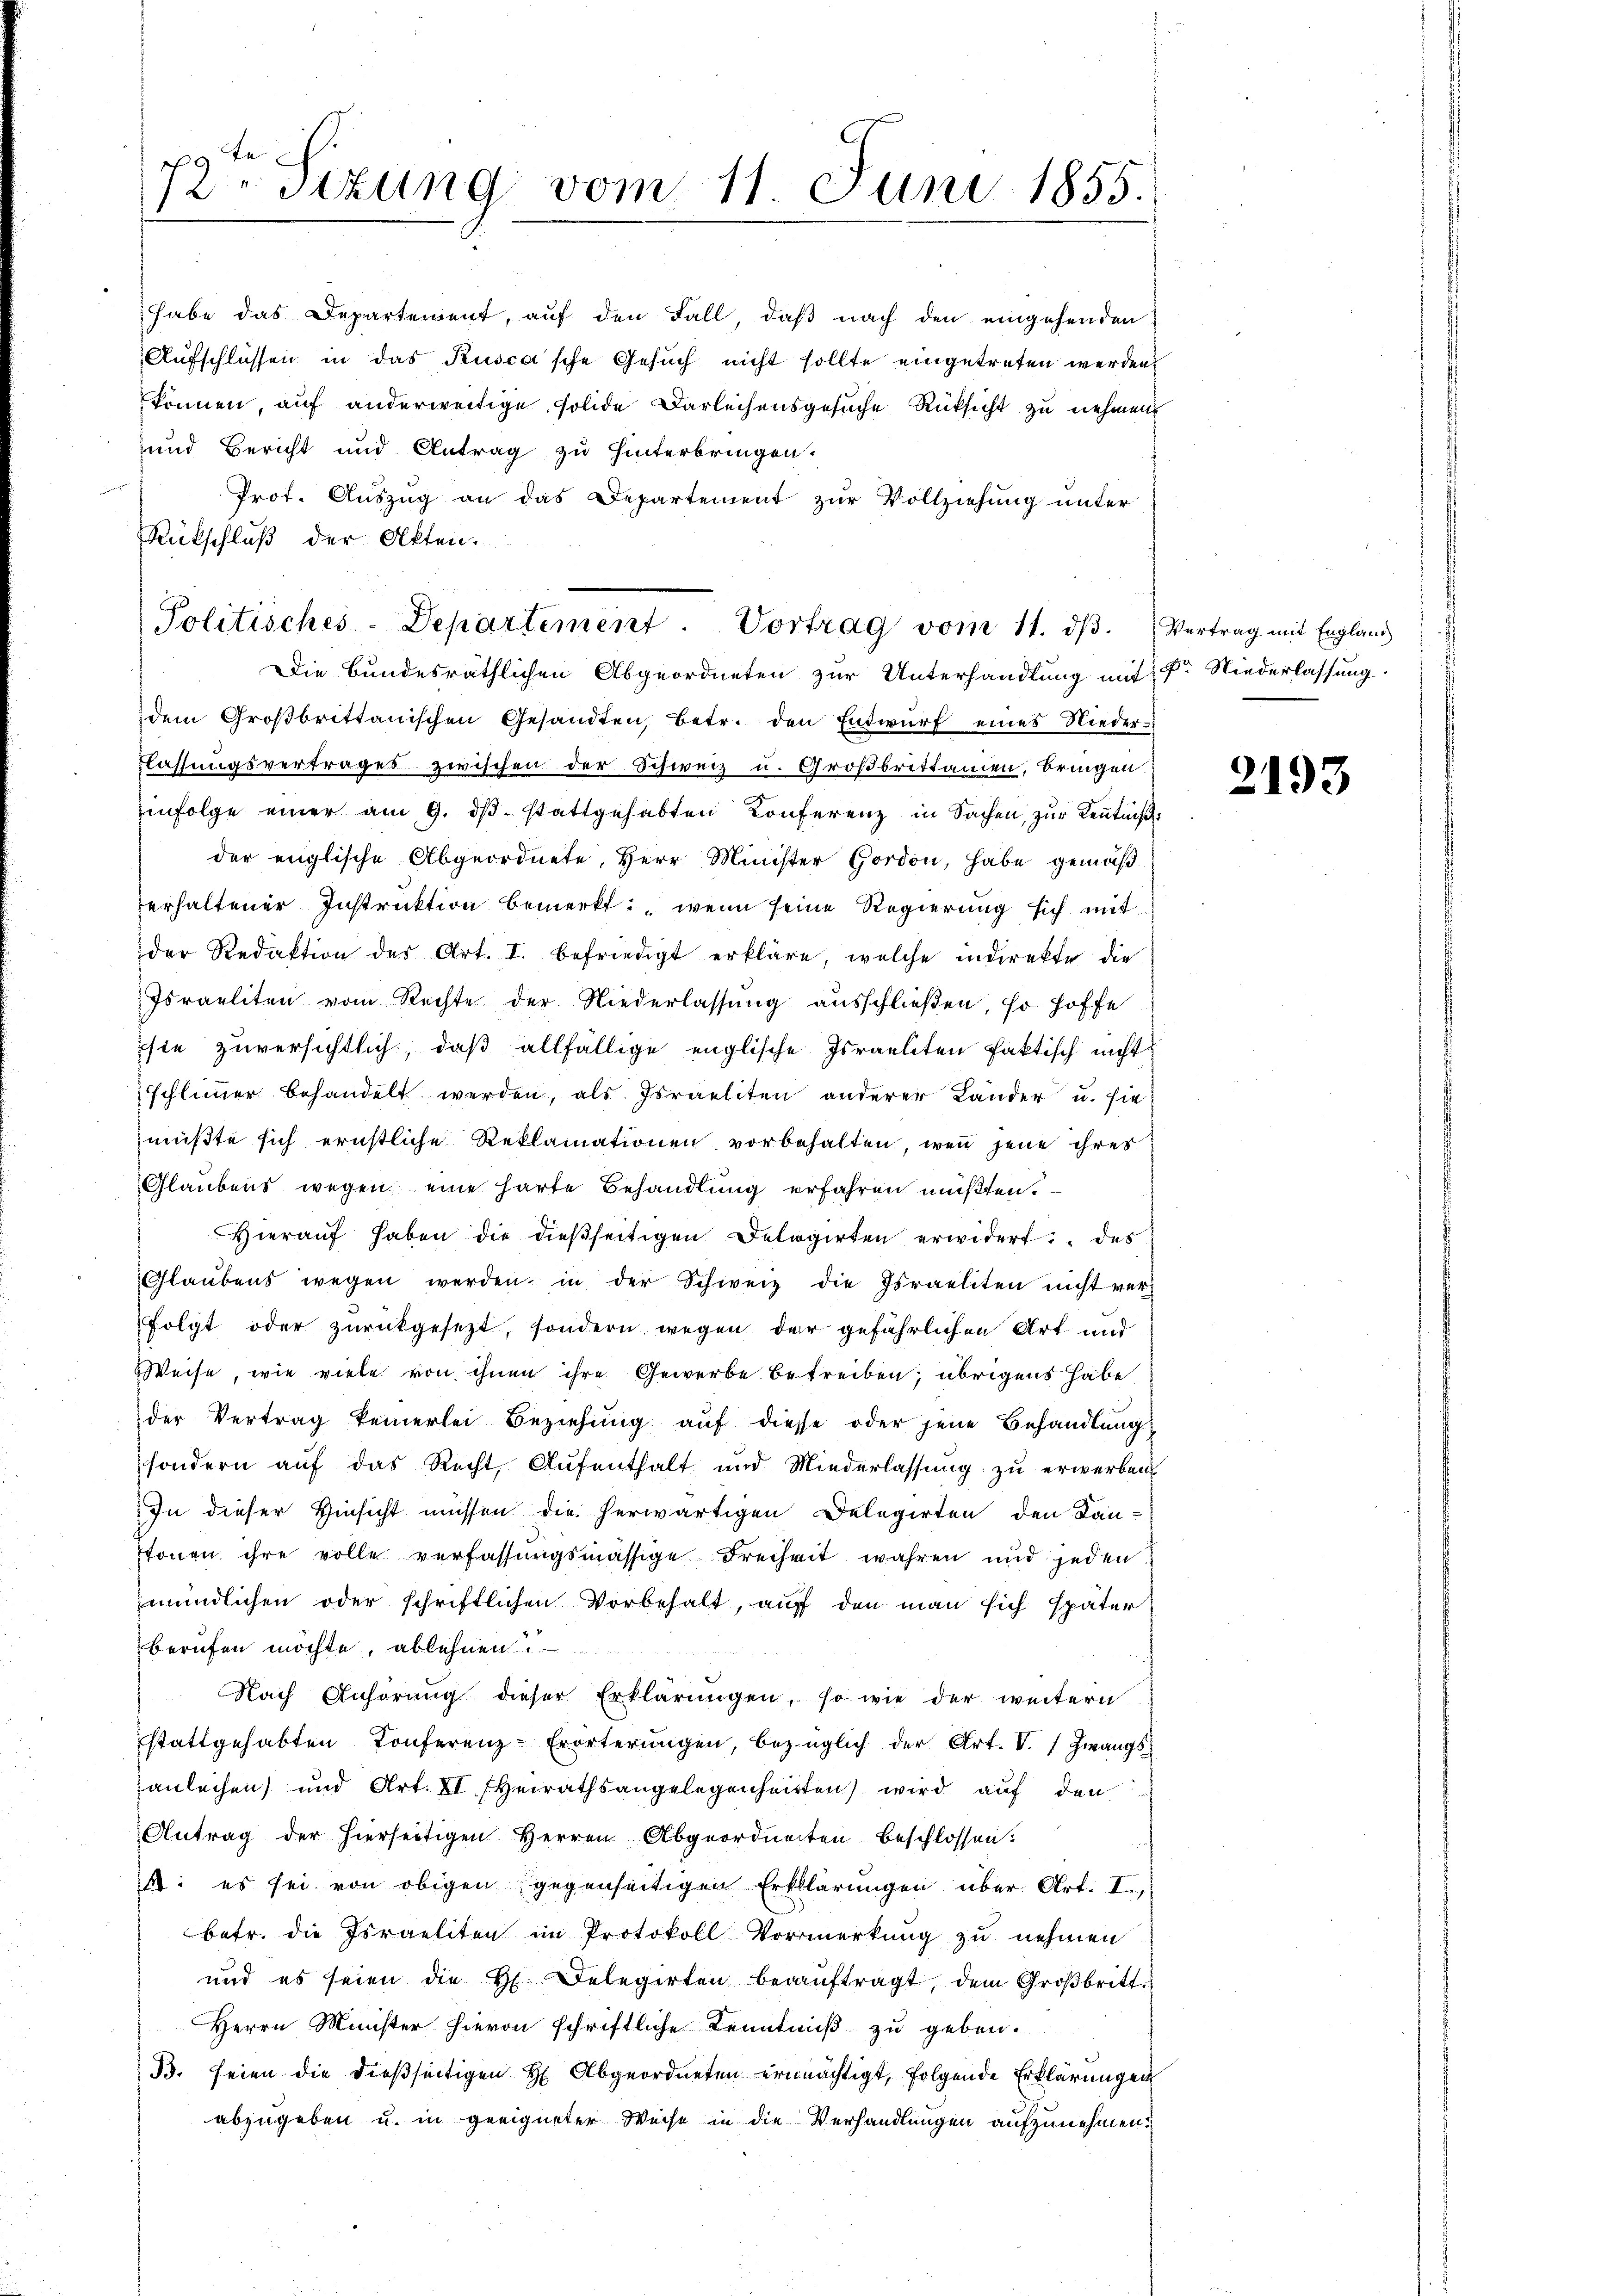
c te
rStzung vom 11. Juni 1855.

Die Bundesräthlichen Abgeordneten zur Unterhandlung mit der Niederlassung
dem Großbrittanischen Gesandten, betr. den Entwŭrf eines Nieder¬
Flassungsvertrages zwischen der Schweiz u. Großbrittanien, bringen.
infolge einer am 9. dβ. stattgehabten Konferenz in Sachen, zur Kenntnißder englische Abgeordnete, Herr Minister Hordon, habe gemäßerhaltener Instruktion bemerkt: „wenn seine Regierung sich mit
der Redaktion der Art. I. befriedigt erkläre, welche indirekte die
Israeliten vom Rechte der Niederlassung ausschließen, so hoffe
sie zuversichtlich, daß allfällige englische Israeliten faktisch nicht
schlimmer behandelt werden, als Israeliten anderer Länder u. sie
müßte sich ernstliche Reklamationen vorbehalten, wenn jene ihres
Glaubens wegen eine harte Behandlung erfahren mußten.
Hierauf haben die dießseitigen Delegirten erwidert des
Glaŭbens wegen werden in der Schweiz die Israeliten nicht verfolgt oder zurückgesetzt, sondern wegen der gefährlichen Art und
Weise, wie viele von ihnen ihre Gewerbe betreiben; übrigens habe,
der Vertrag keinerlei Beziehŭng aŭf diese oder jene Behandlung
sondern auf das Recht, Aufenthalt und Miederlassung zu erwerben
In dieser Hinsicht müssen die herwärtigen Delegirten den Kan-
tonen ihre volle verfassungsmässige Freiheit wahren und jeden
mündlichen oder schriftlichen Vorbehalt, auf den man sich später
berufen möchte, ablehnen.
 Nach Anhörung dieser Erklärŭngen, so wie der weitern
stattgehabten Konferenz-Erörterŭngen, bezüglich der Art. V. Zwangs-
anleihen) und Art. XI (Heirathsangelegenheitten) wird auf den
Antrag der hierseitigen Herren Abgeordneten beschlossen:
4: es sei von obigen gegenseitigen Erklärungen über Art. I.,
betr. die Israeliten im Protokoll Vormerkung zu nehmen
und es seien die H. Delegirten beaŭftragt, dem Großbritt.
Herrn Münster hievon schriftliche Kenntniß zu geben.
B. seien die dießseitigen H. Abgeordneten ermächtigt, folgende Erklärungen
abzugeben u. in geeigneter Weise in die Verhandlungen aufzunehmen.

habe das Departement, auf den Fall, daß nach den eingehenden
Aufschlüssen in das Kusca’sche Gesuch nicht sollte eingetreten werden
können, auf anderweitige solide Darleihensgesuche Rücksicht zu nehmen
und Bericht und Antrag zu hinterbringen.
Prot. Auszug an das Departement zur Vollziehung unter
Rückschluß der Akten.
Politisches-Departement. Vortrag vom 11. dβ. " Vertrag mit England

2193